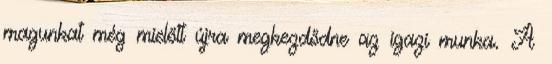
magunkat még mielőtt újra megkezdődne az igazi munka. A